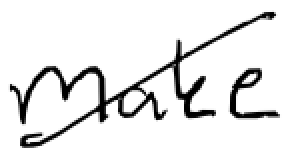
Text: make
Cross-out: diagonal
Writing tool: digital_black